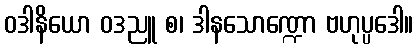
ဝဒါနိယော ဝဒညူ စ၊ ဒါနသောဏ္ဍော ဗဟုပ္ပဒေါ။